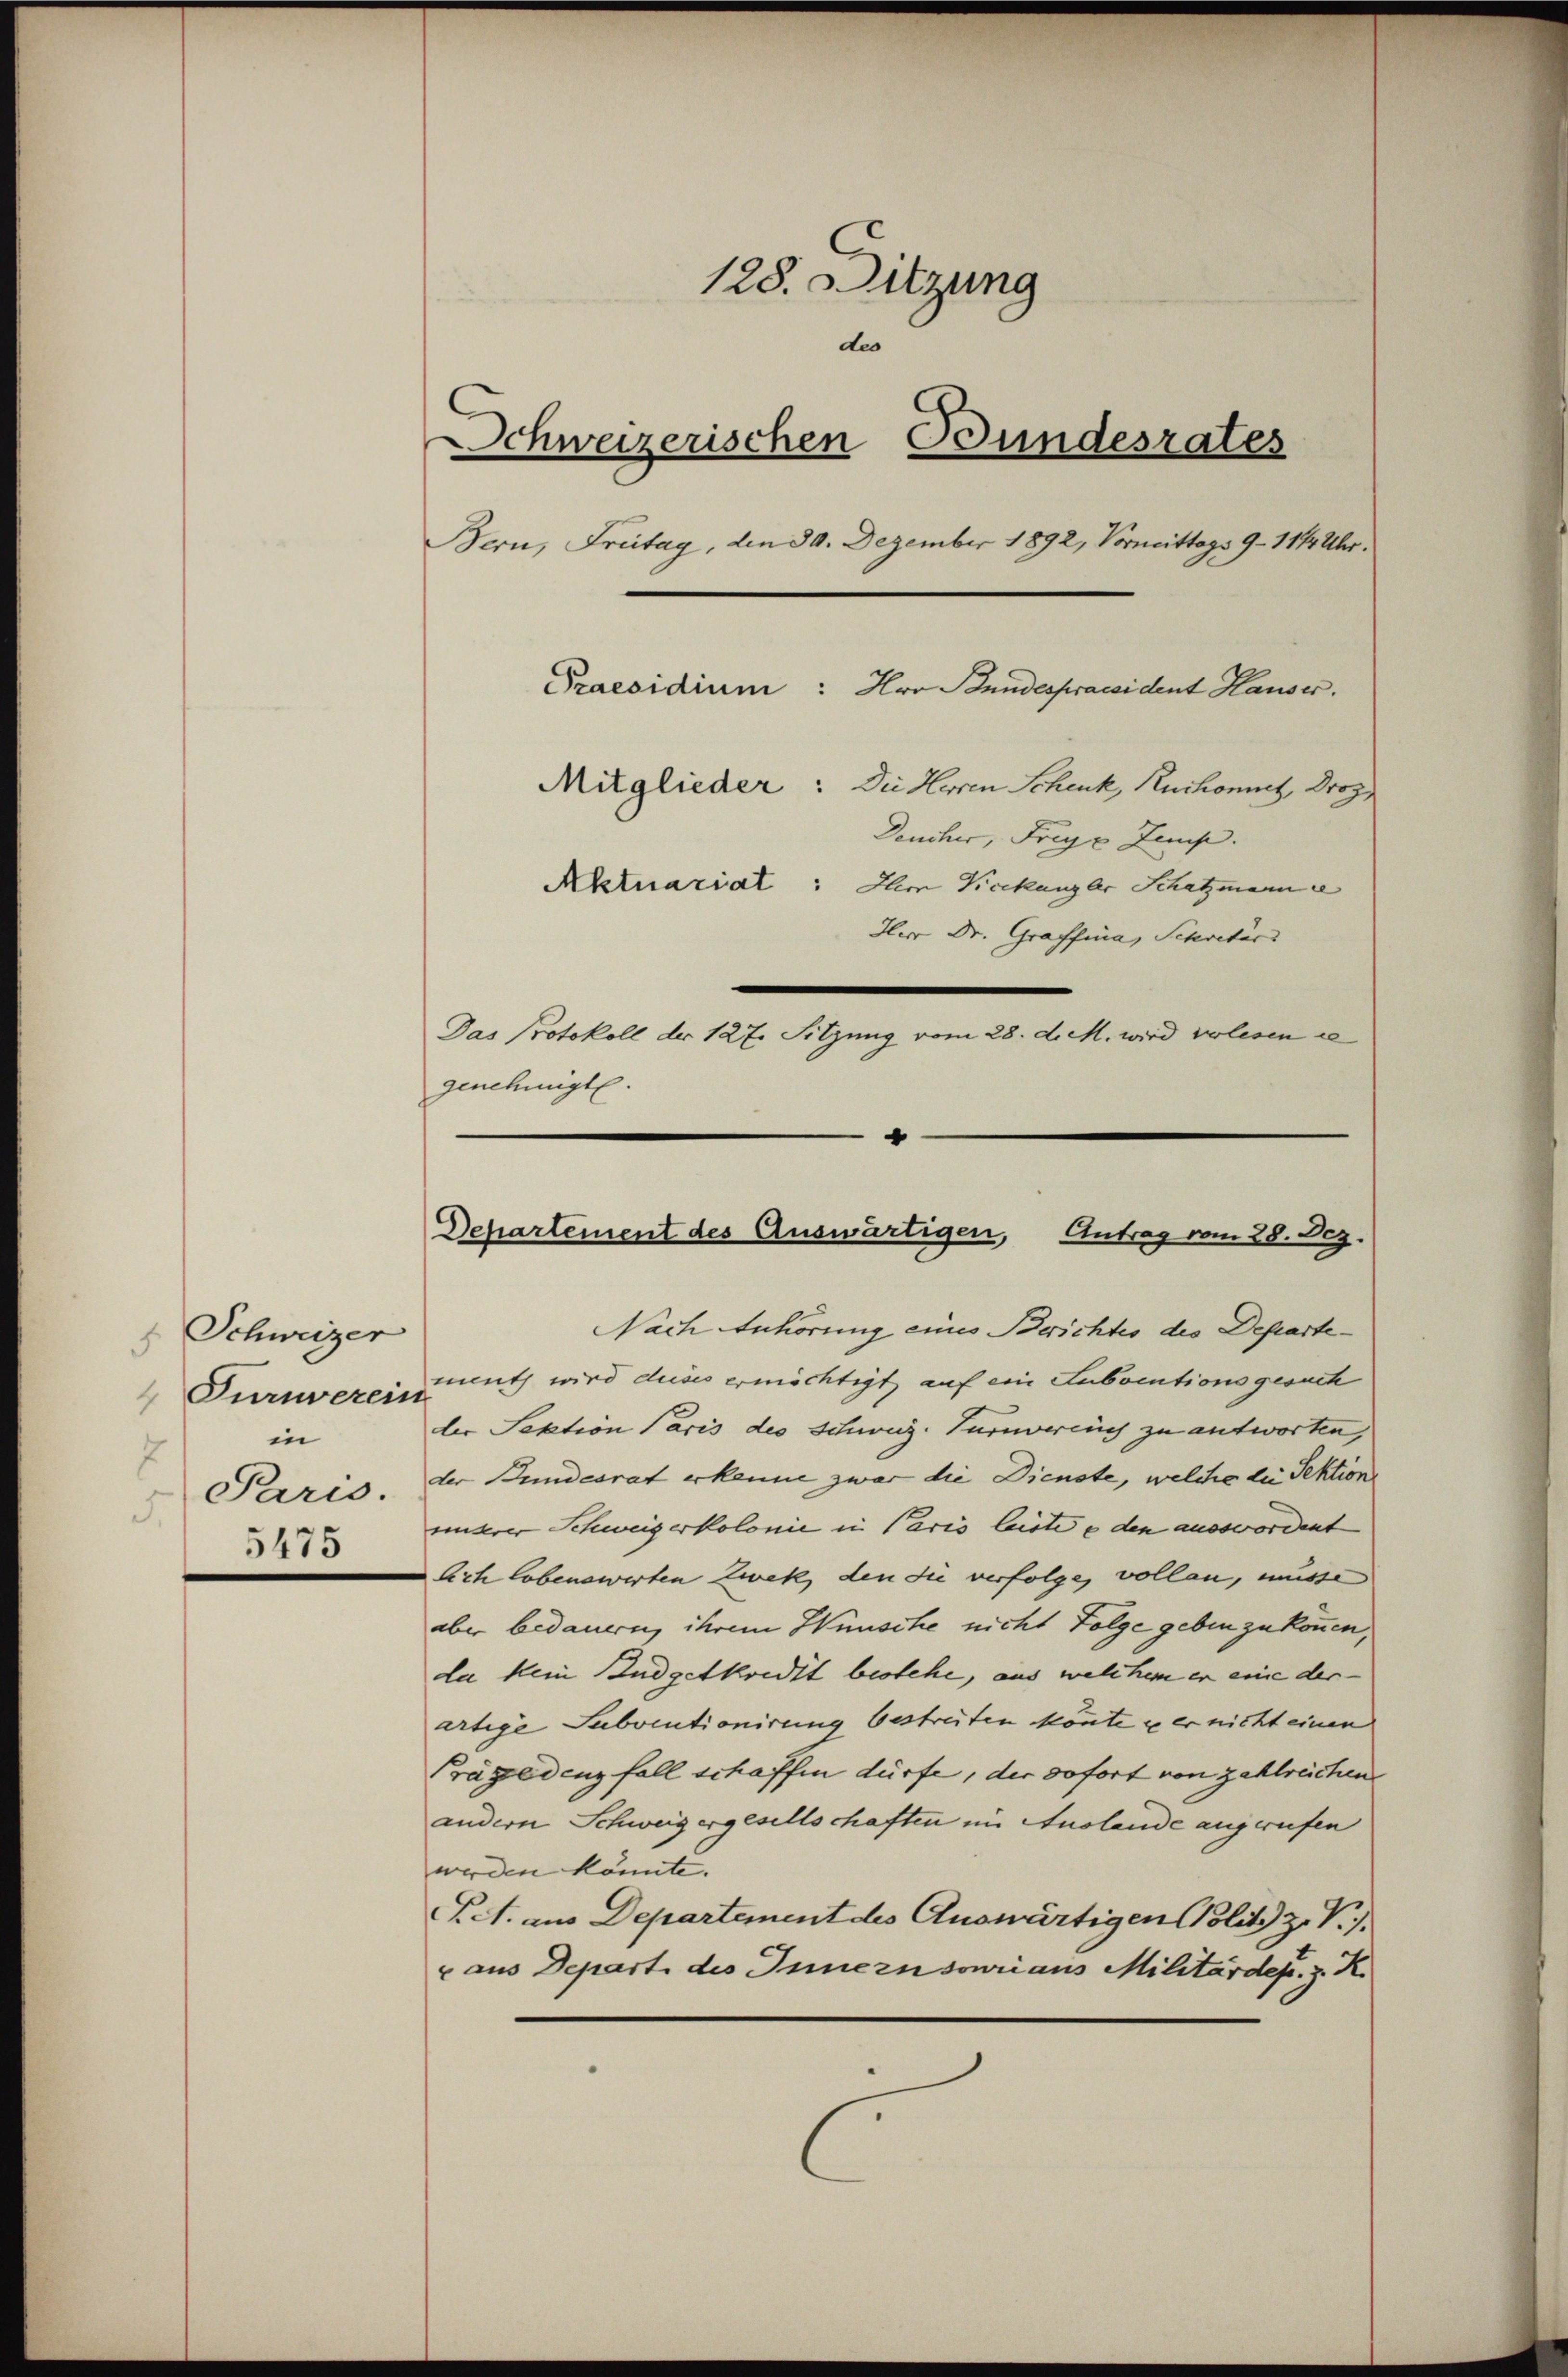
Schweizer
 Turnverein
in
7
Paris.
5.
5475

128. Sitzung
des
Schweizerischen Bundesrates
Bern, Freitag, den 30. Dezember 1892, Vormittags 9 - 114 Uhr.
Praesidium : Hr. Bundespraesident Hauser.
Mitglieder: Die Herren Schenk, Ruchonnet, Droz.
Deucher, Frey Zep.
Aktuariat: Im Vicekanzler Schatzmann e
Herr Dr. Graffina, Schreter
Das Protokoll der 127. Sitzung vom 28. d. M. wird vorlesen e

genehmigt.

"
Departement des Auswärtigen, Antrag vom 28. Dez.

Nach Anhörung eines Berichtes des Departemauth wird dieses ermächtigt auf ein Subventionsgesuch
ler Sektion Paris des Schweiz. Turnvereich zu antworten,
der Bundesrat erkenne zwar die Dienste, welche die Sektion
unserer Schweizerkolonie in Paris leiste e den ausswordent
lich lobenswerten Zwek den die verfolge, vollen, müsse
aber bedauern, ihrem Wünsche nicht Folge geben zu können,
da kein Budgetkredit bestehe, aus welchem er eine der-
artige Subventionirung bestreiten könte u er nicht einen
Prägredenz fall schaffen dürfe, der sofort von zahlreichen
andern Schweiz ergesellschaften im Auslande angerufen
werden könnte.
Pet. aus Departement des Auswärtigen Politz Z. V.
x aus Depart des Innern souri aus Militärdep. z. R.